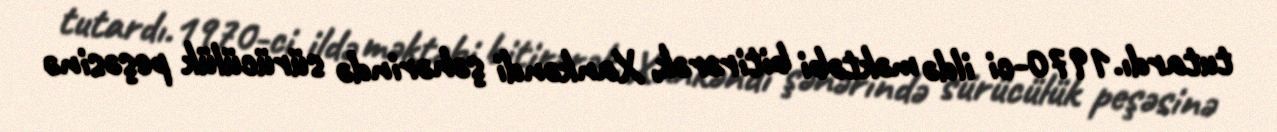
tutardı.1970-ci ildə məktəbi bitirərək, Xankəndi şəhərində sürücülük peşəsinə